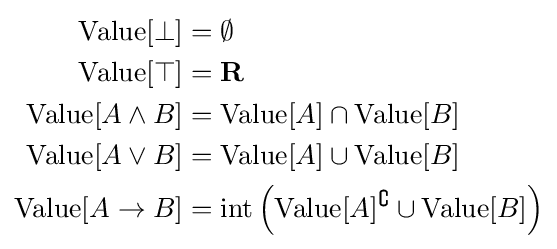
{\begin{aligned}{\text{Value}}[\bot ]&=\emptyset \\{\text{Value}}[\top ]&=\mathbf {R} \\{\text{Value}}[A\land B]&={\text{Value}}[A]\cap {\text{Value}}[B]\\{\text{Value}}[A\lor B]&={\text{Value}}[A]\cup {\text{Value}}[B]\\{\text{Value}}[A\to B]&={\text{int}}\left({\text{Value}}[A]^{\complement }\cup {\text{Value}}[B]\right)\end{aligned}}